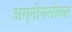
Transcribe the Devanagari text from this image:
अग्नोनसोबत